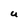
Character: U